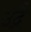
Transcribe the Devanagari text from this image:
उद्गै